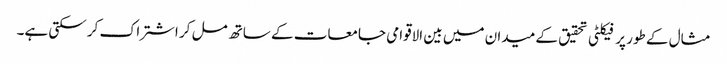
مثال کے طور پر فیکلٹی تحقیق کے میدان میں بین الاقوامی جامعات کے ساتھ مل کر اشتراک کر سکتی ہے۔